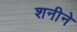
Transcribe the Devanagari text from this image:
शनीने